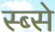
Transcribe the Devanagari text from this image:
स्ब्से